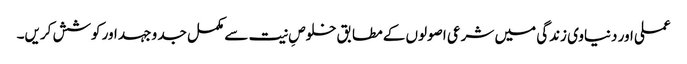
عملی اور دنیاوی زندگی میں شرعی اصولوں کے مطابق خلوصِ نیت سے مکمل جد و جہد اور کوشش کریں۔